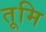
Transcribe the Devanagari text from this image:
तूमि